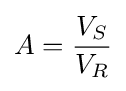
A={\frac {V_{S}}{V_{R}}}